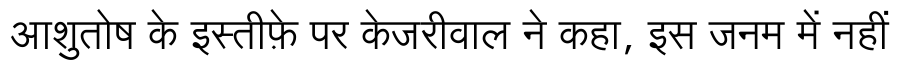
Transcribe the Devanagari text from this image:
आशुतोष के इस्तीफ़े पर केजरीवाल ने कहा, इस जनम में नहीं